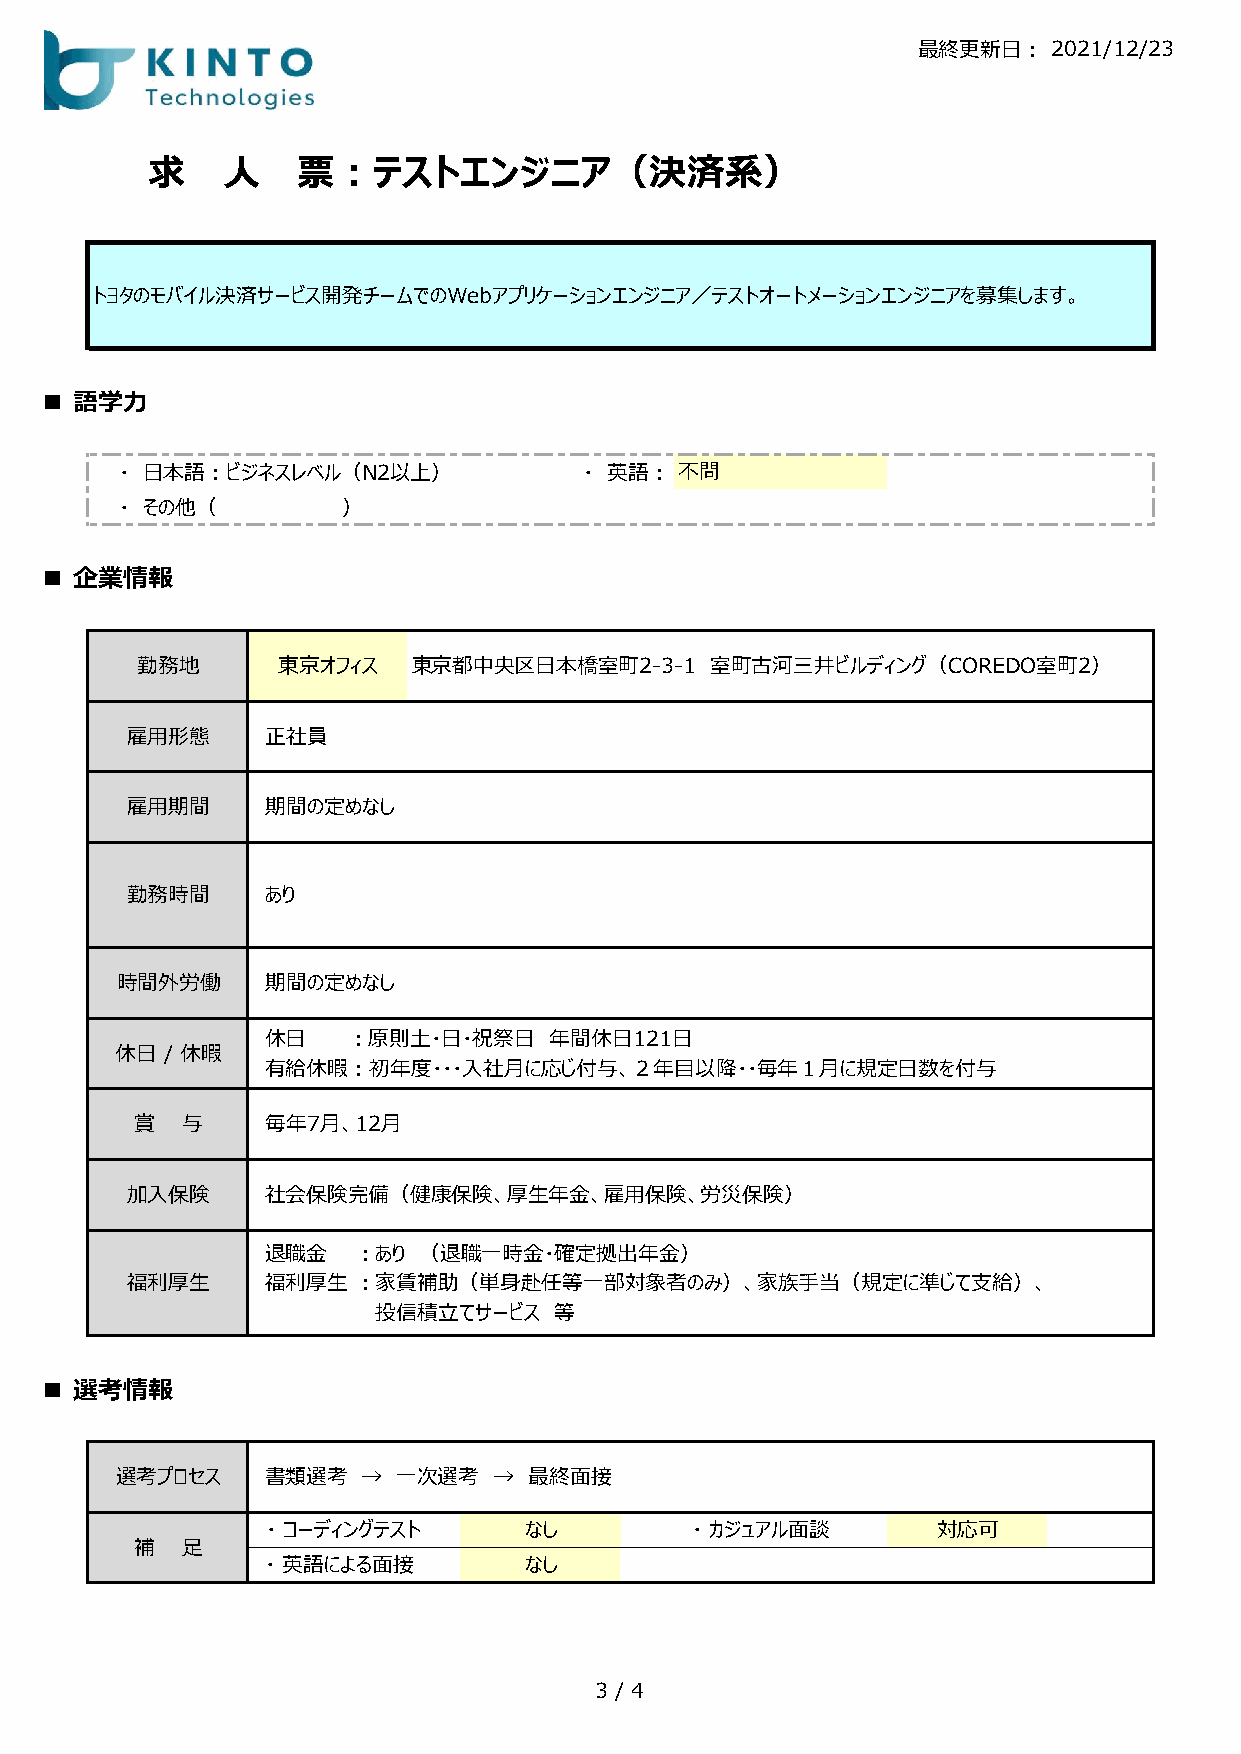
最終更新日：   2021/12/23
 求    人    票：テストエンジニア（決済系）
 トヨタのモバイル決済サービス開発チームでのWebアプリケーションエンジニア／テストオートメーションエンジニアを募集します。
 ■ 語学力
 ・ 日本語：ビジネスレベル（N2以上）            ・ 英語： 不問
 ・ その他（         ）
 ■ 企業情報
 勤務地      東京オフィス   東京都中央区日本橋室町2-3-1    室町古河三井ビルディング（COREDO室町2）
 雇用形態      正社員
 雇用期間      期間の定めなし
 勤務時間      あり
 時間外労働     期間の定めなし
 休日   ：原則土・日・祝祭日   年間休日121日
 休日 / 休暇
 有給休暇：初年度・・・入社月に応じ付与、２年目以降・・毎年１月に規定日数を付与
 賞  与     毎年7月、12月
 加入保険      社会保険完備（健康保険、厚生年金、雇用保険、労災保険）
 退職金   ：あり （退職一時金・確定拠出年金）
 福利厚生      福利厚生  ：家賃補助（単身赴任等一部対象者のみ）、家族手当（規定に準じて支給）、
 投信積立てサービス   等
 ■ 選考情報
 選考プロセス    書類選考  → 一次選考   → 最終面接
 ・ コーディングテスト      なし         ・ カジュアル面談       対応可
 補  足
 ・ 英語による面接        なし
 3 / 4